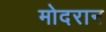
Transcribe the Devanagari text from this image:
मोदरान